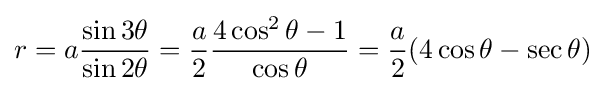
r=a{\frac {\sin 3\theta }{\sin 2\theta }}={a \over 2}{\frac {4\cos ^{2}\theta -1}{\cos \theta }}={a \over 2}(4\cos \theta -\sec \theta )